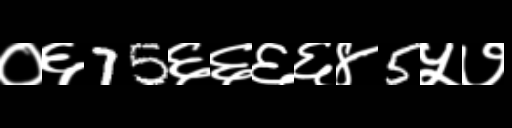
Text: ०६75६६६६४5५७